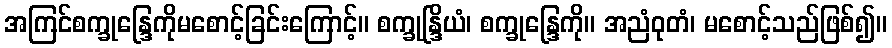
အကြင်စက္ခုန္ဒြေကိုမစောင့်ခြင်းကြောင့်။ စက္ခုန္ဒြိယံ၊ စက္ခုန္ဒြေကို။ အညံဝုတံ၊ မစောင့်သည်ဖြစ်၍။